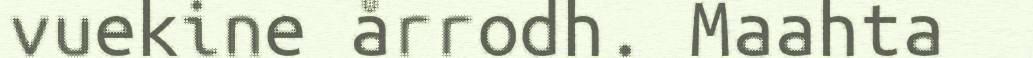
vuekine årrodh. Maahta